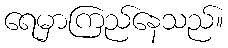
ရေမှာကြည်နေသည်။